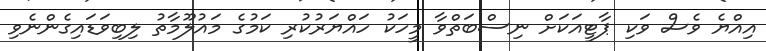
އިއްޔެ ވެސް ވަކި ޕާޓީއަކަށް ނިސްބަތްވާ މީހަކު ހައްޔަރުކުރި ކަމުގެ މައުލޫމާތު ލިބިވަޑައިގެންނެވި